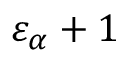
\varepsilon _ { \alpha } + 1